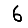
Digit: 6